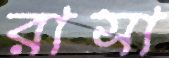
রাসা